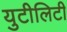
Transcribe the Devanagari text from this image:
युटीलिटी